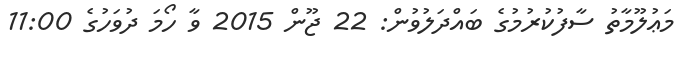
މަޢުލޫމާތު ސާފުކުރުމުގެ ބައްދަލުވުން: 22 ޖޫން 2015 ވާ ހޯމަ ދުވަހުގެ 11:00